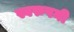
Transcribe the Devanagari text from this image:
स्वरुपनी